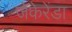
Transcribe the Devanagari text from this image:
जेकेरेंडा